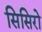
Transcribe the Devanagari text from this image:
सिसिरो